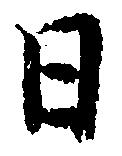
日